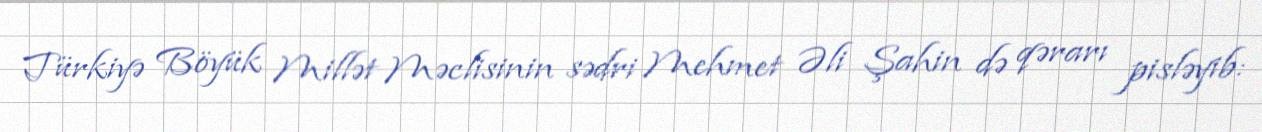
Türkiyə Böyük Millət Məclisinin sədri Mehmet Əli Şahin də qərarı pisləyib: